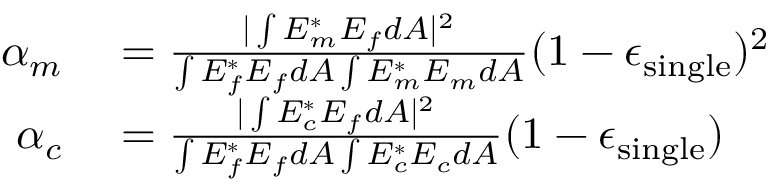
\begin{array} { r l } { \alpha _ { m } } & { { } = \frac { | \int E _ { m } ^ { * } E _ { f } d A | ^ { 2 } } { \int E _ { f } ^ { * } E _ { f } d A \int E _ { m } ^ { * } E _ { m } d A } ( 1 - \epsilon _ { \mathrm { s i n g l e } } ) ^ { 2 } } \\ { \alpha _ { c } } & { { } = \frac { | \int E _ { c } ^ { * } E _ { f } d A | ^ { 2 } } { \int E _ { f } ^ { * } E _ { f } d A \int E _ { c } ^ { * } E _ { c } d A } ( 1 - \epsilon _ { \mathrm { s i n g l e } } ) } \end{array}